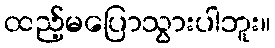
ထည့်မပြောသွားပါဘူး။